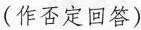
（作否定回答）